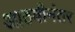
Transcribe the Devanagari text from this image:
आठवीनंतर